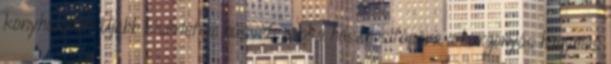
konyhámban. Újabb kísérletem húsvéti sonka hasznosítására a burgonyás hagymás